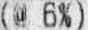
(@ 6%)